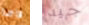
قائدا جيد